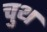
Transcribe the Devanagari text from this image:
चुथ